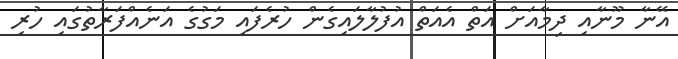
އޭނާ މޫނާއި ދިމާއަށް އަތް އެއަތް އުފުލާލައިގެން ހުރެފައި މަގުގެ އަނެއްފަރާތުގައި ހުރި